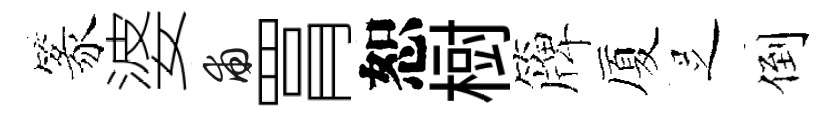
篆婆甫罥恕𣗳簰厦𠯁倒